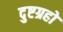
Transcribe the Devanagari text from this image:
दुष्टग्रहों